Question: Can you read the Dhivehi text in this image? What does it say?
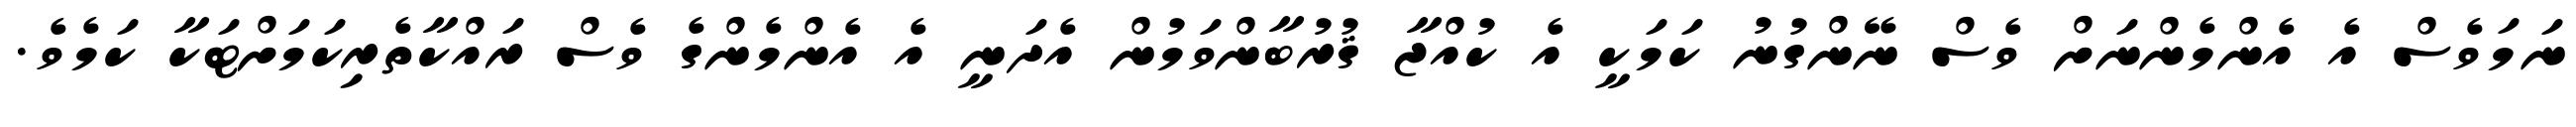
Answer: ނަމަވެސް އެ އެންމެންނަށް ވެސް ނޭންގުނު ކަމަކީ އެ ކުއްޖާ ޤުރުބާންވަމުން އެދަނީ އެ އެންމެންގެ ވެސް ރައްކާތެރިކަމަށްޓަކާ ކަމެވެ.